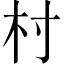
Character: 村